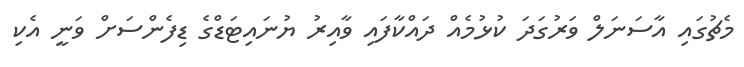
މެޗުގައި އާސަނަލް ވަރުގަދަ ކުޅުމެއް ދައްކާފައި ވާއިރު ޔުނައިޓަޑްގެ ޑިފެންސަށް ވަނީ އެކި